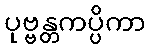
ပုဗ္ဗန္တကပ္ပိကာ